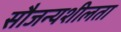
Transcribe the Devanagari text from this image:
सौजन्यशीलता